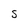
Character: S